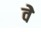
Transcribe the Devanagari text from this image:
वेे